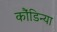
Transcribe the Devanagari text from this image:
कौंडिन्या